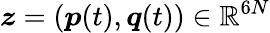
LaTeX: \boldsymbol{z}=\left(\boldsymbol{p}(t),\boldsymbol{q}(t)\right)\in\mathbb{R}^{6N}